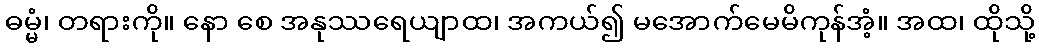
ဓမ္မံ၊ တရားကို။ နော စေ အနုဿရေယျာထ၊ အကယ်၍ မအောက်မေမိကုန်အံ့။ အထ၊ ထိုသို့